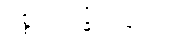
ပစ္စဝေက္ခိတဗ္ဗာတိ